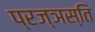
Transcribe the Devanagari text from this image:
प्रज्ञस्ति